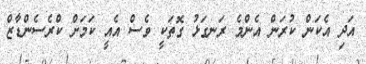
އަދި އެކަން ކުރަން އެންމެ ރަނގަޅު ގޮތަކީ ވެސް އެއީ ކަމަށް ކްރެސެންޑާޒް